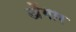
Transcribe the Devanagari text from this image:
खेंगार